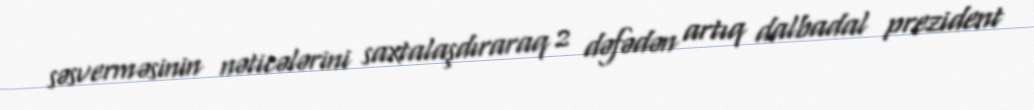
səsverməsinin nəticələrini saxtalaşdıraraq 2 dəfədən artıq dalbadal prezident